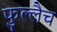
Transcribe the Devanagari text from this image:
फुल्लैच